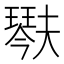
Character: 𤩍